Annual statistical returns and brief notes on vaccination in Bengal - 1909-1929
Year: 1909
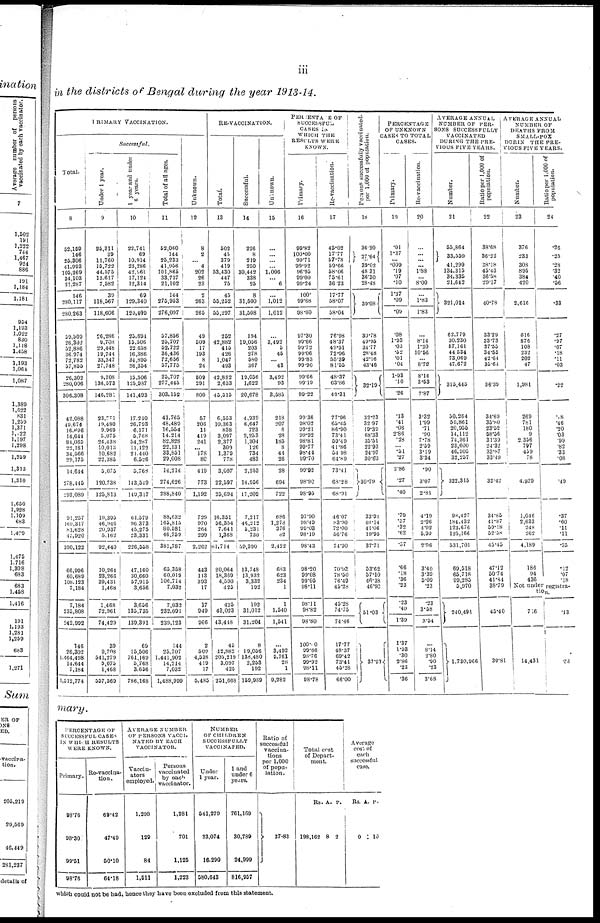
iii
in the districts of Bengal during the year 1913-14.
RIMARY VACCINATION.
Total.
8
52,159
146
25,306
41,993
105,269
34,103
21,287
146
280,117
280,263
59,509
26,302
52,886
36,974
72,782
57,855
26,302
280,006
306,308
42,088
49,674
16,696
14,644
84,065
22,181
34,566
29,175
14,644
278,445
293,089
91,257
169,317
81,628
47,920
390,122
66,996
60,689
108,123
7,184
7,184
235,808
242,992
146
26,302
1,464,498
14,644
7,184
1,512,774
Successful.
Under 1 year.
9
25,311
39
11,760
15,722
44,575
13,617
7,582
39
118,567
118,606
26,286
9,703
29,448
19,744
33,347
27,748
9,708
136,573
146,281
23,771
19,480
9,969
5,075
24,438
10,013
10,682
22,385
5,075
120,738
125,813
19,395
46,946
20,037
5,162
92,440
10,264
23,266
39,431
1,468
1,468
72,961
74,429
39
9,708
541,279
5,075
1,468
557,569
1 year and under
6 years.
10
22,741
69
10,914
23,286
42,961
17,124
12,314
60
129,340
120,409
25,694
15,506
22,658
16,386
34,805
26,354
15,506
125,987
141,493
17,210
26,793
6,171
5,768
54,287
11,122
21,440
6,526
5,768
143,549
149,317
61,579
96,373
45,275
23,331
226,558
47,160
30,660
57,915
3,656
3,656
135,735
139,391
69
15,506
761,169
5,768
3,656
786,168
Total of all ages.
11
52,060
144
25,233
41,956
101,865
33,737
21,102
144
275,953
276,007
57,856
25,707
52,722
36,436
72,656
57,775
25,707
277,445
303,152
41,765
48,489
16,554
14,214
82,828
22,131
33,851
29,008
14,214
274,626
288,840
88,632
165,815
80,581
46,759
381,787
65,358
60,010
106,714
7,032
7,032
232,001
239,123
144
25,707
1,441,902
14,214
7,032
1,488,999
Unknown.
12
8
2
...
4
202
26
23
2
263
265
49
509
17
193
8
24
509
291
800
57
206
11
410
241
... 178
80
419
773
1,192
729
970
264
299
2,262
443
113
393
17
17
949
966
2
509
4,538
419
17
5,485
RE-VACCINATION.
Total.
13
502
45
379
410
53,430
447
75
45
55,252
55,207
252
42,882
415
426
1,047
493
42,882
2,633
45,515
6,553
10,363
838
3,097
2,377
309
1,379
778
3,097
22,597
25,694
16,351
56,354
7,641
1,368
81,714
20,064
18,369
4,590
425
425
43,023
43,448
45
42,882
205,219
3,097
425
251,668
Successful.
14
226
8
219
250
30,442
338
25
8
31,500
31,508
194
10,056
203
278
580
367
10,056
1,622
20,678
4,939
6,647
723
2,253
1,304
126
734
483
2,253
14,956
17,209
7,217
46,212
5,231
730
59,390
13,748
13,932
3,332
192
192
31,012
31,204
8
19,056
138,480
2,253
192
159,989
Unknown.
15
...
...
...
...
1,006
... 6
...
1,012
1,012
...
3,492
5
45
... 43
3,492
93
3,585
218
207
6
28
185
8
44
26
28
694
722
686
1,278
376
82
2,422
683
623
234
1
1
1,540
1,541
...
3,492
5,761
28
1
9,282
PERCENTAGE OF
SUCCESSFUL
CASES IN
WHICH THE
RESULTS WERE
KNOWN.
Primary.
16
99.82
100.00
99.71
99.92
96.95
99.00
99.24
100.
99.68
98.60
97.30
99.66
99.72
99.06
99.83
99.90
99.66
99.19
99.22
99.36
98.02
99.21
99.92
98.81
99.77
98.44
99.70
99.92
98.90
98.05
97.90
98.49
99.03
98.19
98.43
98.20
99.08
99.05
98.11
98.11
98.82
98.80
100.00
99.66
98.76
99.92
98.11
98.78
Re-vaccination.
17
45.02
17.77
57.78
59.66
58.06
75.61
36.23
17.77
58.07
58.04
76.98
48.37
49.51
72.96
55.39
81.55
48.37
63.86
49.31
77.96
65.45
86.90
73.41
59.49
41.86
54.98
64.89
73.41
68.28
68.91
46.07
83.90
72.00
56.76
74.90
70.93
78.50
76.49
45.28
45.28
74.75
74.46
17.77
48.37
69.42
73.41
45.28
66.00
Persons successfully vaccinated
per 1,000 of population.
18
36.20
27.64
39.02
48.31
36.30
28.48
39.08
30.78
49.95
34.77
28.48
42.16
43.46
32.19
32.23
32.97
19.39
68.33
35.51
22.93
24.97
30.63
30.79
33.94
48.14
41.06
19.95
37.71
53.62
57.10
46.38
46.96
51.03
37.93
PERCENTAGE
OF UNKNOWN-
CASES TO TOTAL
CASES.
Primary.
19
.01
1.37
...
.009
.19
.07
.10
1.37
.09
.09
.08
1.93
.03
.52
.01
.04
1.93
.10
.26
.13
.41
.06
2.86
.28
...
.51
.27
2.86
.27
.40
.79
.57
.32
.62
.57
.66
.18
.36
.23
.23
.40
1.39
1.37
1.93
.30
2.86
.23
.36
Re-vaccination.
20
...
...
...
...
1.88
...
8.00
...
1.83
1.83
...
8.14
1.20
10.56
...
8.72
8.14
3.53
7.87
3.32
1.99
.71
.90
7.78
2.59
3.19
3.34
.90
3.07
2.81
4.19
2.26
4.92
5.99
2.96
3.40
3.39
5.09
.23
.23
3.58
3.54
...
8.14
2.80
.90
.23
3.68
AVERAGE ANNUAL
NUMBER OF PER-
SONS SUCCESSFULLY
VACCINATED
DURING THE PRE-
VIOUS FIVE YEARS.
Number.
21
55,864
33,559
41,299
134,315
34,335
21,642
321,014
62,779
30,230
57,161
44,534
73,069
47,672
315,445
50,264
59,861
20,955
14,112
74,361
23,600
46,905
32,257
322,315
98,427
184,432
123,676
125,166
531,701
69,518
65,718
99,285
5,970
240,491
1,730,966
Ratio per 1,000 of
population.
22
38.68
36.22
38.18
45.43
36.58
29.17
40.78
33.29
33.73
37.55
34.55
42.64
35.64
36.39
34.69
35.80
23.52
58.56
31.39
24.32
33.87
33.49
32.42
34.86
41.87
59.18
52.58
45.45
47.12
50.74
41.84
38.79
45.40
39.81
AVERAGE ANNUAL
NUMBER OF
DEATHS FROM
SMALL-POX
DURIN THE PRE-
VIOUS FIVE YEARS.
Number.
23
376
233
308
895
384
420
2,616
516
876
108
232
202
47
1,981
269
781
180
9
2,356
797
459
78
4,929
1,046
2,633
243
262
4,189
186
94
436
Ratio per 1,000 of
population.
24
.26
.25
.28
.32
.40
.56
.33
.27
.97
.07
.18
.11
.03
.22
.18
.46
.20
.03
.99
.82
.33
.08
.49
.37
.60
.11
.11
.35
.12
.07
.18
Not under registra-
tion.
716
14,431
.13
.33
mary.
PERCENTAGE OF
SUCCESSFUL CASES
IN WHICH RESULTS
WERE KNOWN.
Primary.
98.76
98.30
99.51
98.76
Re-vaccina-
tion.
69.42
47.40
50.10
64.18
AVERAGE NUMBER
OF PERSONS VACCI¬
NATED BY EACH
VACCINATOR.
Vaccin-
ators
employed.
1,298
129
84
1,511
Persons
vaccinated
by each
vaccinator.
1,281
701
1,125
1,223
NUMBER
OF CHILDERN
SUCCESSFULLY
VACCINATED.
Under
1 year.
541,279
23,074
16,290
580,643
1 and
under 6
years.
761, 169
30,789
24,999
816,957
Ratio of
successful
vaccina-
tions
per 1,000
of popu-
lation.
37.83
Total cost
of Depart-
ment.
Rs.
198,162
A.
8
P.
2
Average
cost of
each
successful
case.
Rs.
0
A.
1
P.
10
which could not be had, hence they have been excluded from this statement.